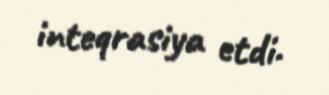
inteqrasiya etdi.